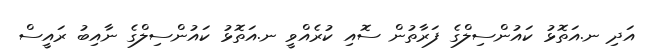
އަދި ނ.އަތޮޅު ކައުންސިލްގެ ފަރާތުން ސޮއި ކުރެއްވީ ނ.އަތޮޅު ކައުންސިލްގެ ނާއިބު ރައީސް